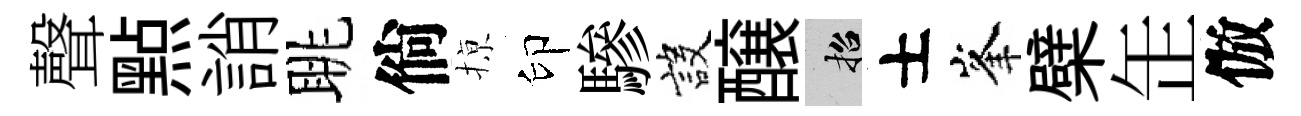
聲㸃誚眺倘𢱊印驂設醸招士峯檗𦈢倣